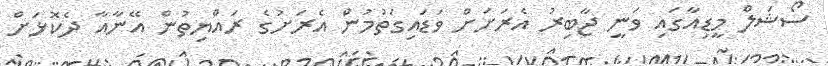
ސޯޝަލް މީޑިއާގައި ވަނީ ޖާބިރު އެރަށަށް ވަޑައިގަތުމުން އެރަށުގެ ރައްޔިތުން އޭނާއާ ދެކޮޅަށް